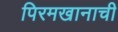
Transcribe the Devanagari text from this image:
पिरमखानाची